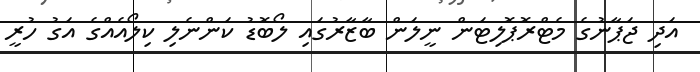
އަދި ޖަޕާނުގެ މެޓްރޮޕޮލިޓަން ނީލަން ބާޒާރުގައި ލޯބޮޑު ކަންނެލި ކިލޯއެއްގެ އަގު ހުރީ